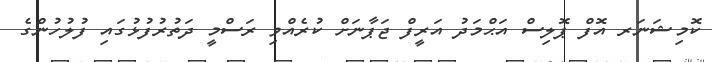
ކޮމިޝަނަރ އޮފް ޕޮލިސް އަޙްމަދު އަރީފް ޖަޕާނަށް ކުރެއްވި ރަސްމީ ދަތުރުފުޅުގައި ފުލުހުންގެ